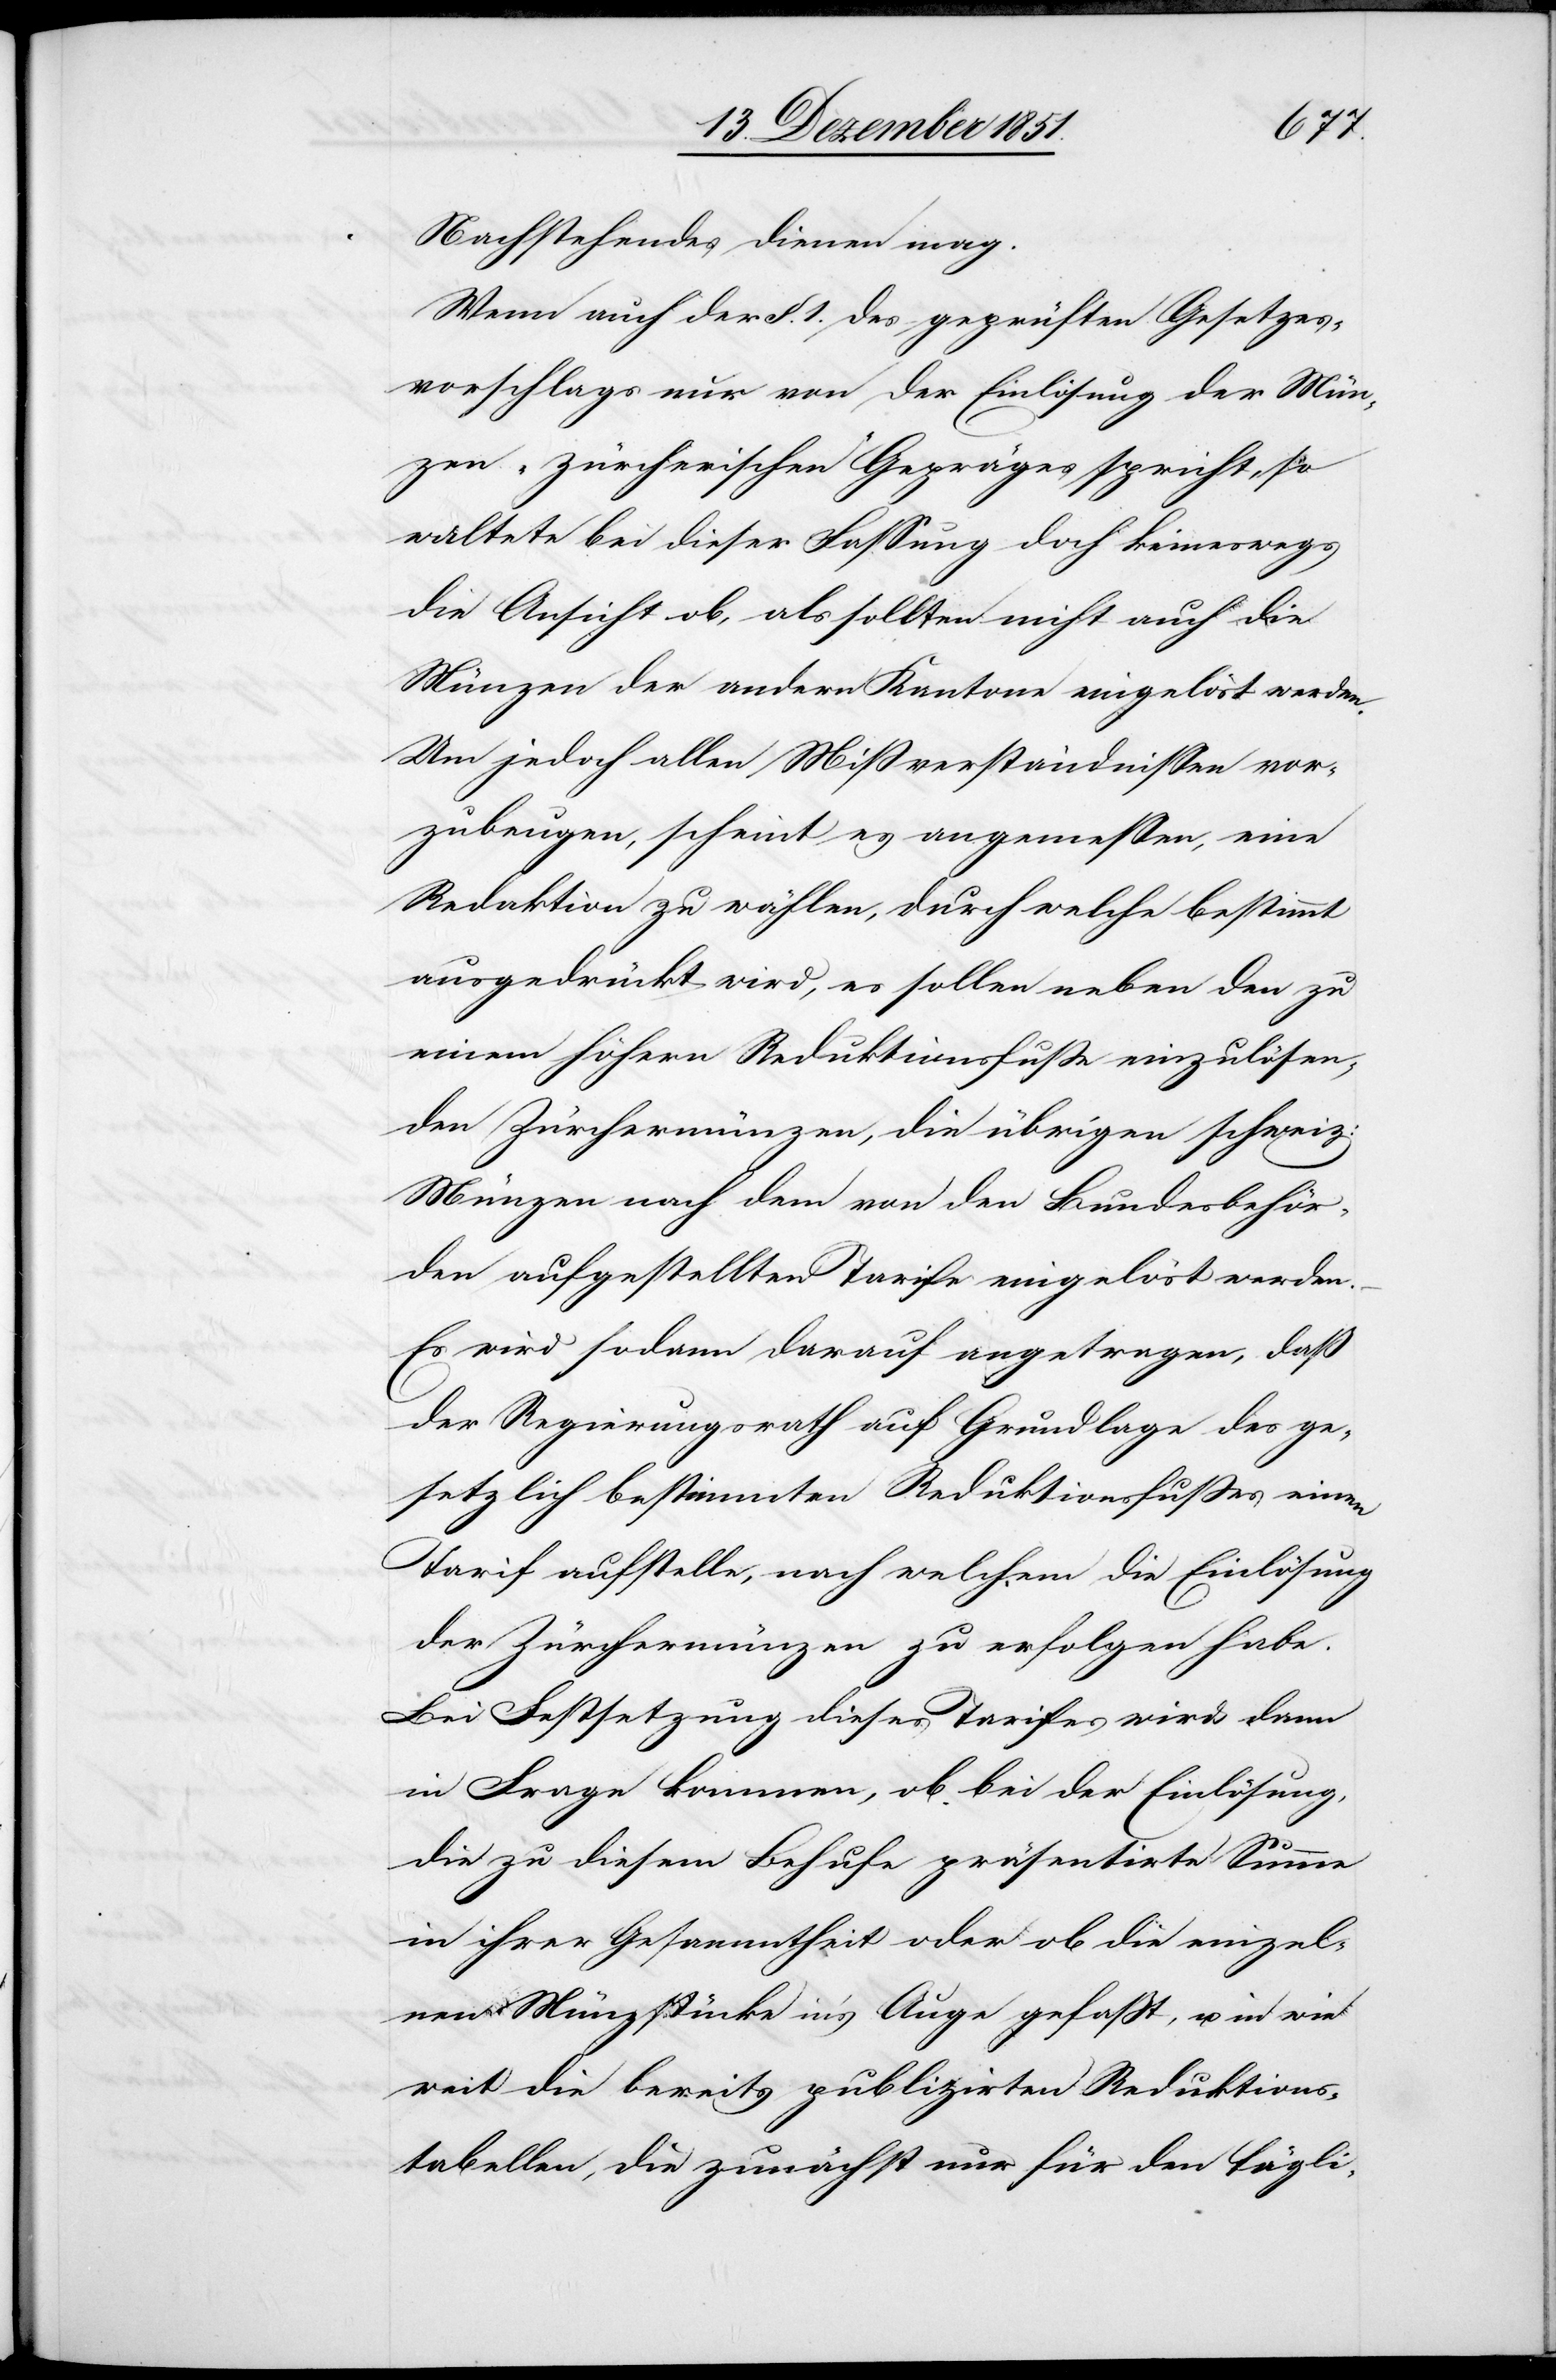
Nachstehendes dienen mag.
Wenn auch der §. 1. des geprüften Gesetzes¬
vorschlags nur von der Einlösung der Mün¬
zen „zürcherischen“ Gepräges spricht, so
waltete bei dieser Fassung doch keineswegs
die Ansicht ob, als sollten nicht auch die
Münzen der andern Kantone eingelöst werden.
Um jedoch allen Mißverständnissen vor¬
zubeugen, scheint es angemeßen, eine
Redaktion zu wählen, durch welche bestimmt
ausgedrückt wird, es sollen neben den zu
einem höhern Reduktionsfuße einzulösen¬
den Zürchermünzen, die übrigen schweiz:
Münzen nach dem von den Bundesbehör¬
den aufgestellten Tarife eingelöst werden.
Es wird sodann darauf angetragen, daß
der Regierungsrath auf Grundlage des ge¬
setzlich bestimmten Reduktionsfusses einen
Tarif aufstelle, nach welchem die Einlösung
der Zürchermünzen zu erfolgen habe.
Bei Festsetzung dieses Tarifes wird dann
in Frage kommen, ob bei der Einlösung,
die zu diesem Behufe präsentirte Summe
in ihrer Gesammtheit oder ob die einzel¬
nen Münzstücke in’s Auge gefaßt, u. in wie
weit die bereits publizirten Reduktions¬
tabellen, die zunächst nur für den tägli-